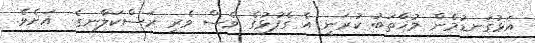
އަޅުގަނޑުމެން މުޚާތަބު ކުރަނީ އެ ގެފުޅުގެ ވެސް ވެރި ރަސްކަލާނގެ  އަށެވެ.